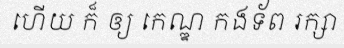
ហើយ ក៏ ឲ្យ កេណ្ឌ កងទ័ព រក្សា